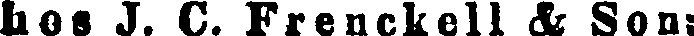
hos J. C. Frenckell & Son: